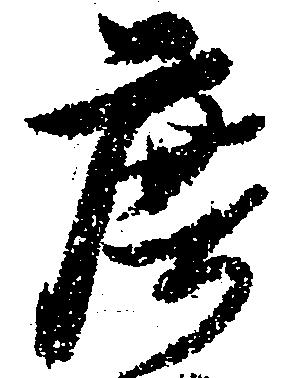
庶